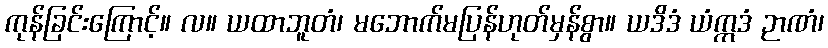
ကုန်ခြင်းကြောင့်။ လ။ ယထာဘူတံ၊ မဘောက်မပြန်ဟုတ်မှန်စွာ။ ယဒိဒံ ယံဣဒံ ဉာဏံ၊